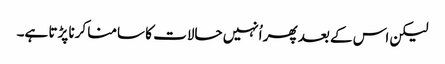
لیکن اس کے بعد پھر اُنہیں حالات کا سامنا کرنا پڑتا ہے۔